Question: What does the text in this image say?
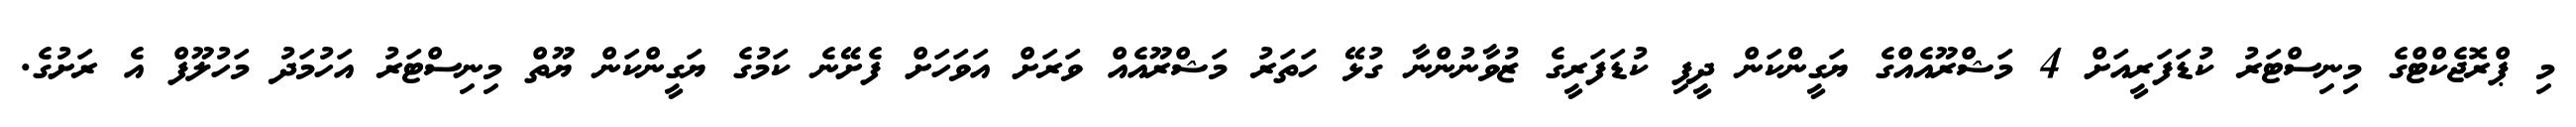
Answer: މި ޕްރޮޖެކްޓްގެ މިނިސްޓަރު ކުޑަފަރީއަށް 4 މަޝްރޫއެއްގެ ޔަގީންކަން ދީފި ކުޑަފަރީގެ ޒުވާނުންނާ ގުޅޭ ހަތަރު މަޝްރޫއެއް ވަރަށް އަވަހަށް ފެށޭނެ ކަމުގެ ޔަގީންކަން ޔޫތް މިނިސްޓަރު އަހުމަދު މަހުލޫފް އެ ރަށުގެ.